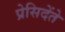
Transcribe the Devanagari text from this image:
प्रेसिदेंते